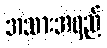
အသားအရည်